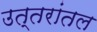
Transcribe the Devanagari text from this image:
उत्तरांतल